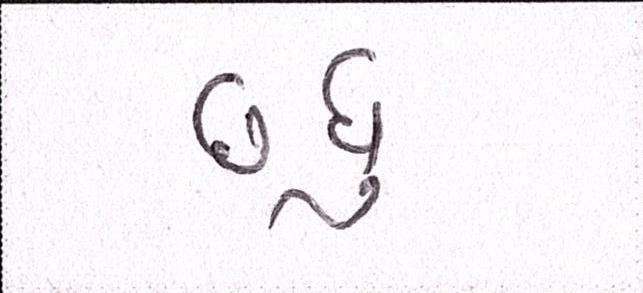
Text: છધુ